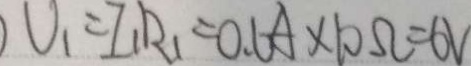
) U _ { 1 } = I _ { 1 } R _ { 1 } = 0 . 6 A \times 1 0 \Omega = 6 V